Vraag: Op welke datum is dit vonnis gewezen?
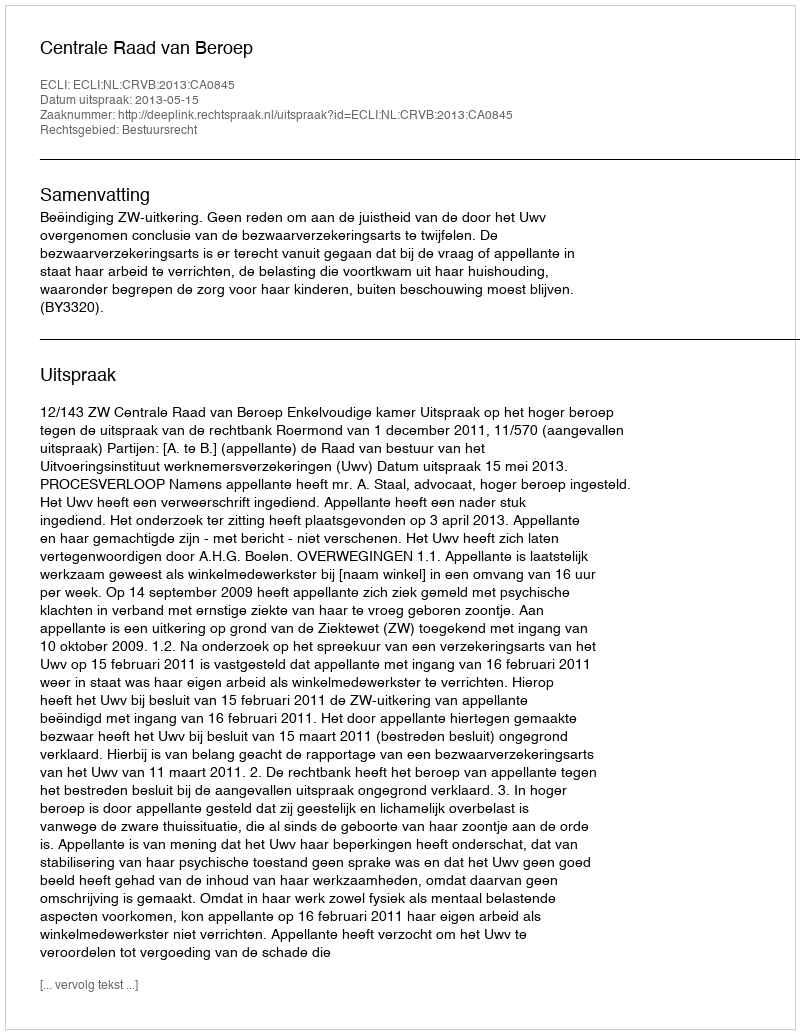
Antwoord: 2013-05-15